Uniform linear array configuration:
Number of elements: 24
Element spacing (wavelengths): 1
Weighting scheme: binomial
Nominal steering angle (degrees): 45
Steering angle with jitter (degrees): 43.977
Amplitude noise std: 0.05
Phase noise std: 0.05

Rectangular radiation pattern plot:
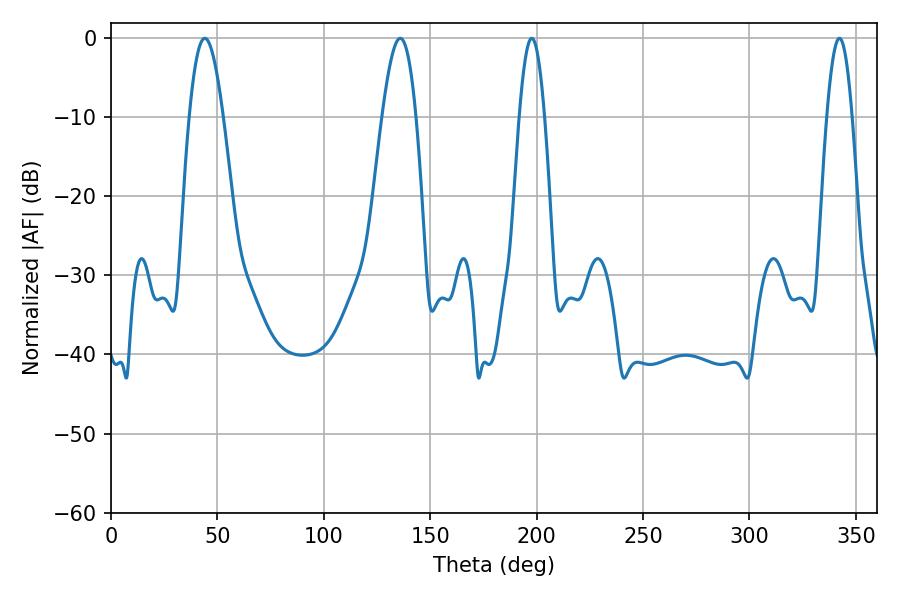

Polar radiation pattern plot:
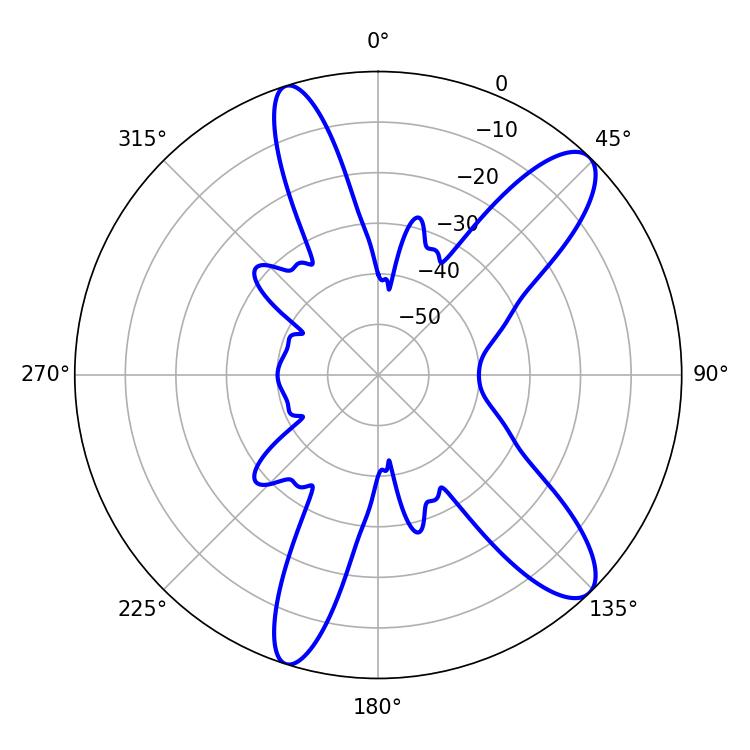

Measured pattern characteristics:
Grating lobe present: TRUE
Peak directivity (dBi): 11.117
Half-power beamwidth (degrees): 8.64
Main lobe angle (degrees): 44.1